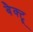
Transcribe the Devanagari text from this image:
बैक्ट्रू